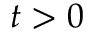
t > 0